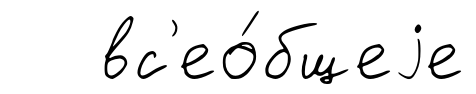
вс'ео́бщеjе